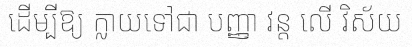
ដើម្បីឱ្យ ក្លាយទៅជា បញ្ញា វន្ត លើ វិស័យ